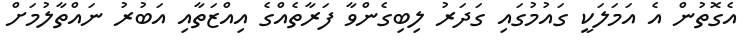
އެގޮތުން އެ އަމަލަކީ ގައުމުގައި ގަދަރު ލިބިގެންވާ ފަރާތެއްގެ އިއްޒަތާއި އަބުރު ނައްތާލުމަށް